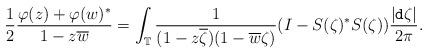
LaTeX: \begin{align*} \frac{1}{2} \frac{ \varphi(z) + \varphi(w)^{*}}{1 - z \overline{w}} = \int_{{\mathbb T}} \frac{1}{(1 - z \overline{\zeta}) (1 - \overline{w} \zeta)} (I - S(\zeta)^{*} S(\zeta)) \frac{| {\tt d} \zeta|}{2 \pi}.\end{align*}